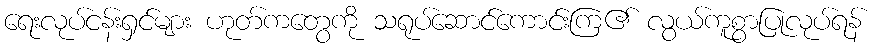
ရေးလုပ်ငန်းရှင်များ ဟုတ်ကတွေကို သရုပ်ဆောင်ကောင်းကြ၏ လွယ်ကူစွာပြုလုပ်ရန်